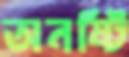
অনষ্টি